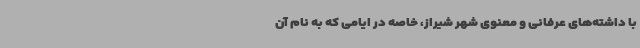
با داشته‌های عرفانی و معنوی شهر شیراز، خاصه در ایامی که به نام آن